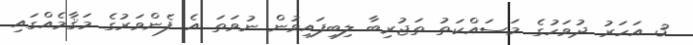
3 އަހަރު ދުވަހުގެ މަސައްކަތު ތަޖުރިބާ ލިބިފައިވުން ނުވަތަ އެ ފެންވަރުގެ މަޤާމެއްގައި